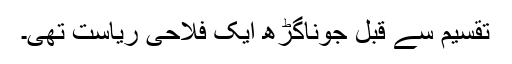
تقسیم سے قبل جوناگڑھ ایک فلاحی ریاست تھی۔